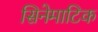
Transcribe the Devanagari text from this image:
सिनेमाटिक